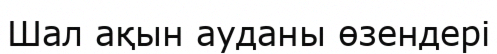
Шал ақын ауданы өзендері